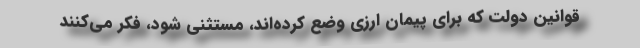
قوانین دولت که برای پیمان ارزی وضع کرده‌اند، مستثنی شود، فکر می‌کنند